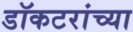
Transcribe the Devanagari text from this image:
डॉकटरांच्या